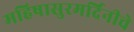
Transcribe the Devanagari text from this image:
महिषासुरमर्दिनीचे